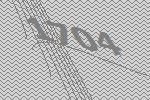
1704